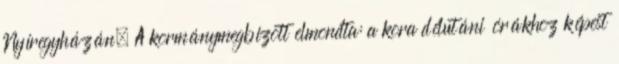
Nyíregyházán. A kormánymegbízott elmondta: a kora délutáni órákhoz képest